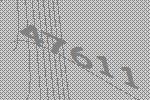
47611